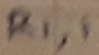
Text: R1,1